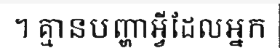
។ គ្មានបញ្ហាអ្វីដែលអ្នក